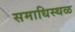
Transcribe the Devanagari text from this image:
समाधिस्‍थळ